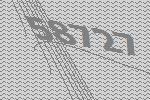
58727